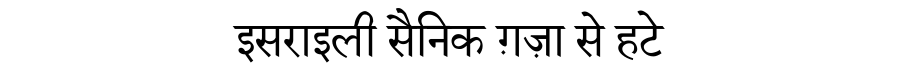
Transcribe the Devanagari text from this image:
इसराइली सैनिक ग़ज़ा से हटे